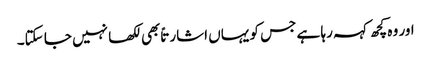
اور وہ کچھ کہہ رہا ہے جس کو یہاں اشارتاً بھی لکھا نہیں جا سکتا۔